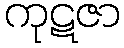
ကုဋဇာ